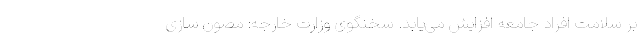
بر سلامت افراد جامعه افزایش می‌یابد. سخنگوی وزارت خارجه: مصون سازی